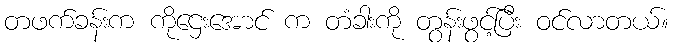
တဖက်ခန်းက ကိုဌေးအောင် က တံခါးကို တွန်းဖွင့်ပြီး ဝင်လာတယ်။